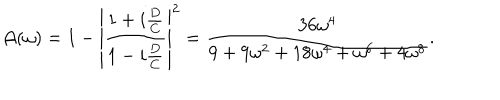
{ \cal A } ( \omega ) = 1 - \left| { \frac { 1 + i { \frac { D } { C } } } { 1 - i { \frac { D } { C } } } } \right| ^ { 2 } = { \frac { 3 6 \omega ^ { 4 } } { 9 + 9 \omega ^ { 2 } + 1 8 \omega ^ { 4 } + \omega ^ { 6 } + 4 \omega ^ { 8 } } } .